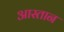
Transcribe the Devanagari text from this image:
आस्तान